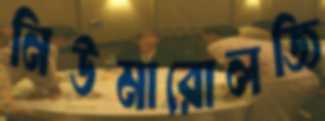
নিউমারোলজি